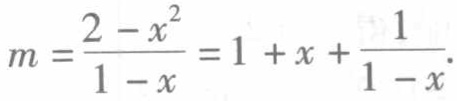
\[m=\frac{2 - x^{2}}{1 - x}=1 + x+\frac{1}{1 - x}.\]